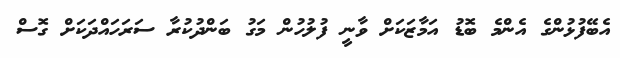
އެބޭފުޅުންގެ އެންމެ ބޮޑު އަމާޒަކަށް ވާނީ ފުލުހުން މަގު ބަންދުކުރާ ސަރަހައްދަކަށް ގޮސް